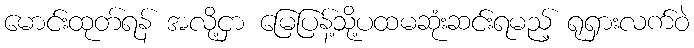
မောင်းထုတ်ရန် အလို့ငှာ မြေပြန့်သို့ပထမဆုံးဆင်းရမည့် ရုရှားလက်ဝဲ